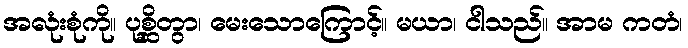
အလုံးစုံကို။ ပုစ္ဆိတွာ၊ မေးသောကြောင့်။ မယာ၊ ငါသည်။ အာမ ကတံ၊